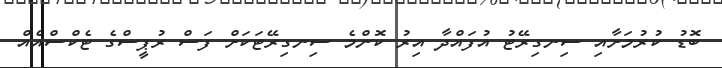
ބޮޑު ކުރުމަށާއި ސިނގިރޭޓު އުފައްދާ އިރު ކޮންމެ ސިނގިރޭޓަކަށް ފަސް ރުޕީސްގެ ޓެކްސްއެއް